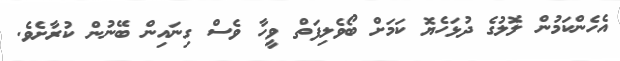
އެހެންކަމުން ލޮލުގެ ދުޅަހެޔޮ ކަމަށް ބޯވެލިފަތް ވީހާ ވެސް ގިނައިން ބޭނުން ކުރާށެވެ.